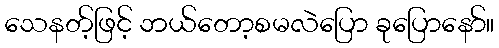
သေနတ့်ဖြင့် ဘယ်တော့စမလဲပြော ခုပြောနော်။